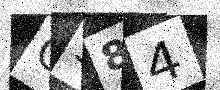
Text: C584